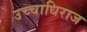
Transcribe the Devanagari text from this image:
उच्चाधिराज